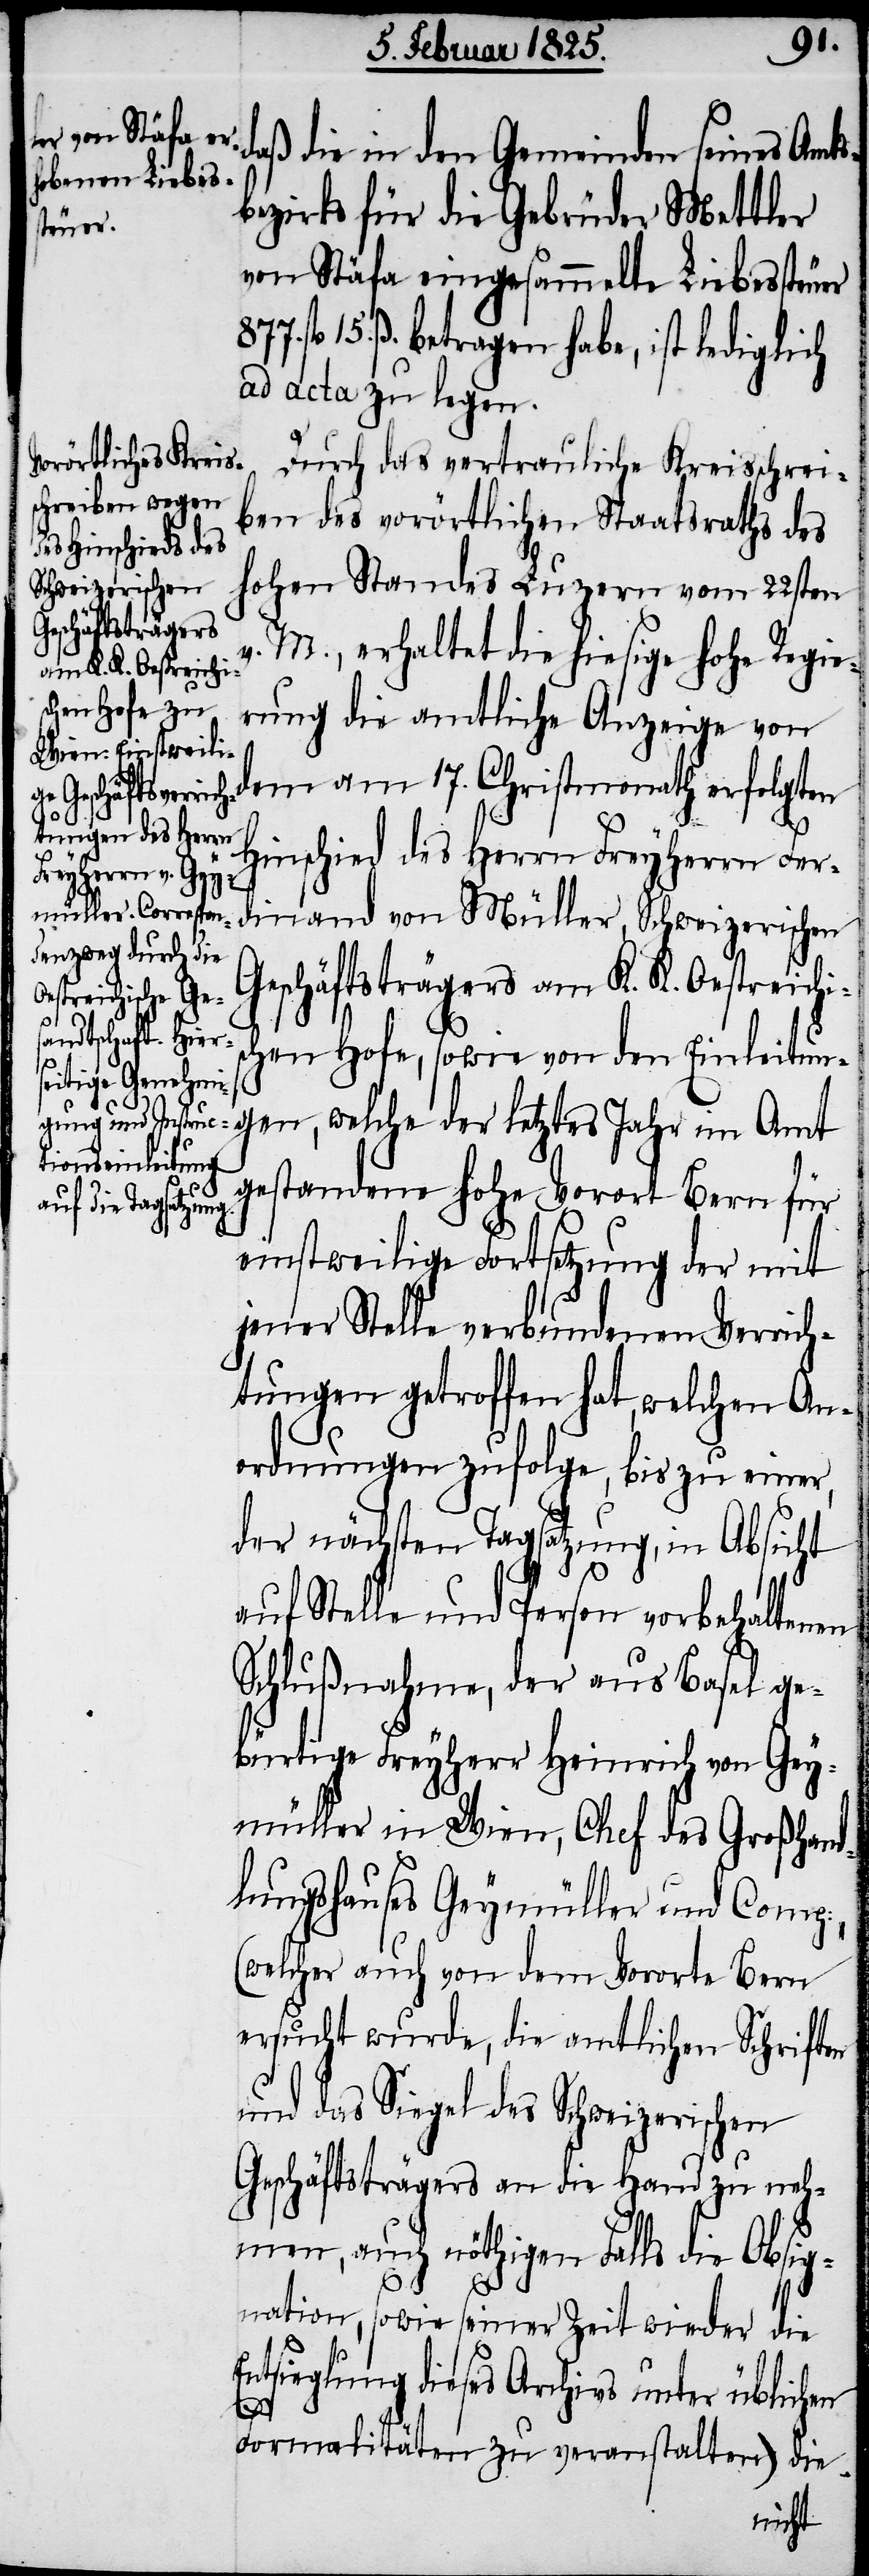
aß die in den Gemeinden seines Amts¬
bezirks für die Gebrüder Mettler
von Stäfa eingesammelte Liebessteuer
15. ß. betragen habe, ist lediglich
ad acta zu legen.
Durch das vertrauliche Kreisschrei¬
ben des vorörtlichen Staatsraths des
hohen Standes Luzern vom 22sten
M., erhaltet die hiesige hohe Regie¬
rung die amtliche Anzeige von
dem am 17. Christmonath erfolgten
Hinschied des Herrn Freyherrn Fer¬
dinand von Müller, Schweizerischen
Geschäftsträgers am K. K. Oestreichi¬
chen Hofe, sowie von den Einleitun¬
gen, welche der letztes Jahr im Amt
gestandene hohe Vorort Bern für
einstweilige Fortsetzung der mit
jener Stelle verbundenen Verrich¬
tungen getroffen hat, welchen An¬
ordnungen zufolge, bis zu einer,
der nächsten Tagsatzung, in Absicht
auf Stelle und Person vorbehaltenen
Schlußnahme, der aus Basel ge¬
bürtige Freyherr Heinrich von Gey¬
müller in Wien, Chef des Großhan¬
dlungshauses Geymüller und Comp:,
(welcher auch von dem Vororte Bern
ersucht wurde, die amtlichen Schriften
und das Siegel des Schweizerischen
Geschäftsträgers an die Hand zu neh¬
men, auch nöthigen Falls die Obsig¬
nation, sowie seiner Zeit wieder die
Entsieglung dieses Archivs unter üblichen
s¬
Formalitäten zu veranstalten) die